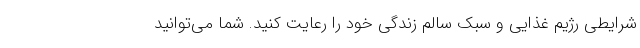
شرایطی رژیم غذایی و سبک سالم زندگی خود را رعایت کنید. شما می‌توانید